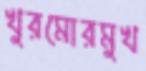
খুরমোরমুখ